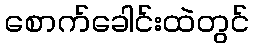
စောက်ခေါင်းထဲတွင်